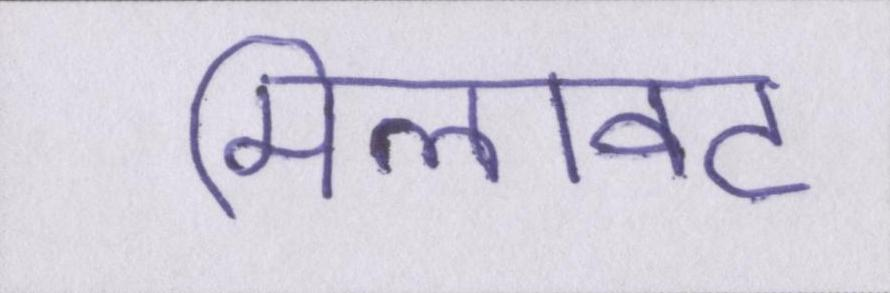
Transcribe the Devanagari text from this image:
मिलावट